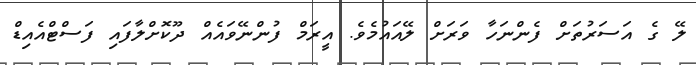
ލޭ ގެ އަސަރުތަށް ފެންނަހާ ވަރަށް ލޭއައުމެވެ. އީރަމް ފުންނޭވައެއް ދޫކޮށްލާފައި ފަސްޓްއެއިޑް